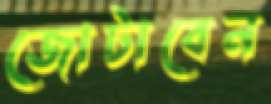
জোটাবেন